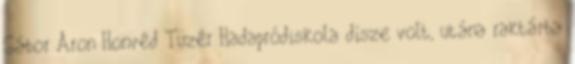
Gábor Áron Honvéd Tüzér Hadapródiskola dísze volt, utána raktárba